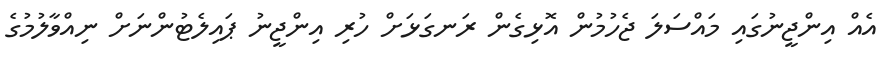
އެއް އިންޖީނުގައި މައްސަލަ ޖެހުމުން އޮޅިގެން ރަނގަޅަށް ހުރި އިންޖީނު ޕައިލެޓުންނަށް ނިއްވާލުމުގެ